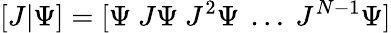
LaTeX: [J\vert\Psi]=[\Psi\ J\Psi\ J^{2}\Psi\ \ldots\ J^{N-1}\Psi]